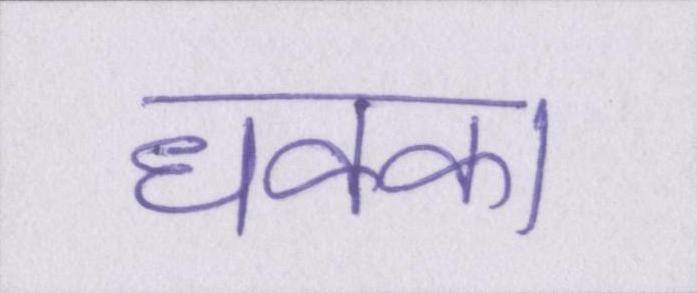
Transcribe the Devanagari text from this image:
धक्का